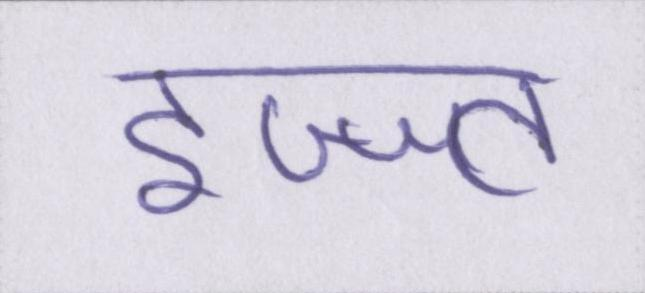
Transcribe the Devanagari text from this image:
इज्ज्त